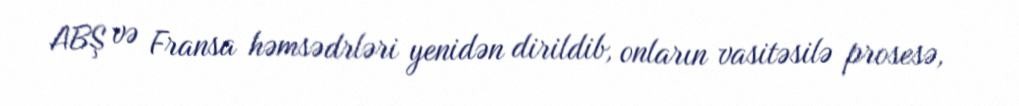
ABŞ və Fransa həmsədrləri yenidən dirildib, onların vasitəsilə prosesə,